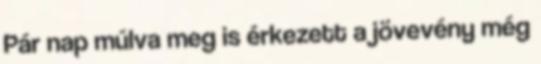
Pár nap múlva meg is érkezett a jövevény még